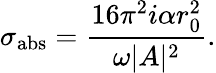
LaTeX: \sigma_{\mathrm{abs}}={\frac{16\pi^{2}i\alpha r_{0}^{2}}{\omega|A|^{2}}}.